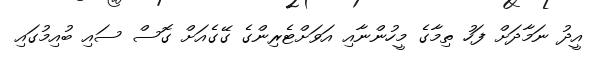
އީދު ނަމާދަށް ފަހު ތިމާގެ މީހުންނާއި އަވަށްޓެރިންގެ ގޭގެއަށް ގޮސް ސައި ބުއިމުގައި